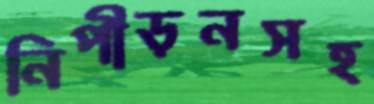
নিপীড়নসহ